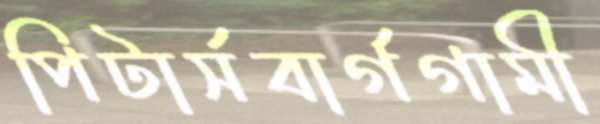
পিটার্সবার্গগামী